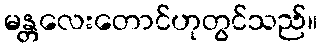
မန္တလေးတောင်ဟုတွင်သည်။